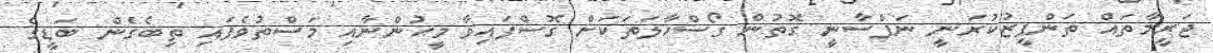
ޖަރީމާތައް ތަންފީޒުކުރަނީ ނަފްސާނީ ގޮތުން ގޯސްހާލަތަކަށް ގޮސްފައިވާ މީހުންނާއި މަސްތުވެފައި ތިބެގެން ބަޑީގެ